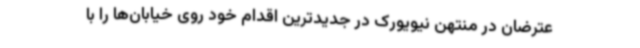
عترضان در منتهن نیویورک در جدیدترین اقدام خود روی خیابان‌ها را با